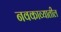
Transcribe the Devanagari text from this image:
नवकाव्यातील